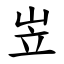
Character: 岦